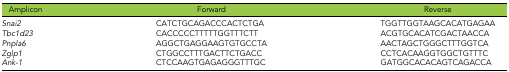
| Amplicon | Forward | Reverse |
 | --- | --- | --- |
 | Snai2 | CATCTGCAGACCCACTCTGA | TGGTTGGTAAGCACATGAGAA |
 | Tbc1d23 | CACCCCCTTTTTGGTTTCTT | ACGTGCACATCGACTAACCA |
 | Pnpla6 | AGGCTGAGGAAGTGTGCCTA | AACTAGCTGGGCTTTGGTCA |
 | Zglp1 | CTGGCCTTTGACTTCTGACC | CCTCACAAGGTGGCTGTTTC |
 | Ank-1 | CTCCAAGTGAGAGGGTTTGC | GATGGCACACAGTCAGACCA |